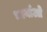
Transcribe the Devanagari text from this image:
धार्नाओ